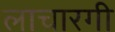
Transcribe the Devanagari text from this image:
लाचारगी